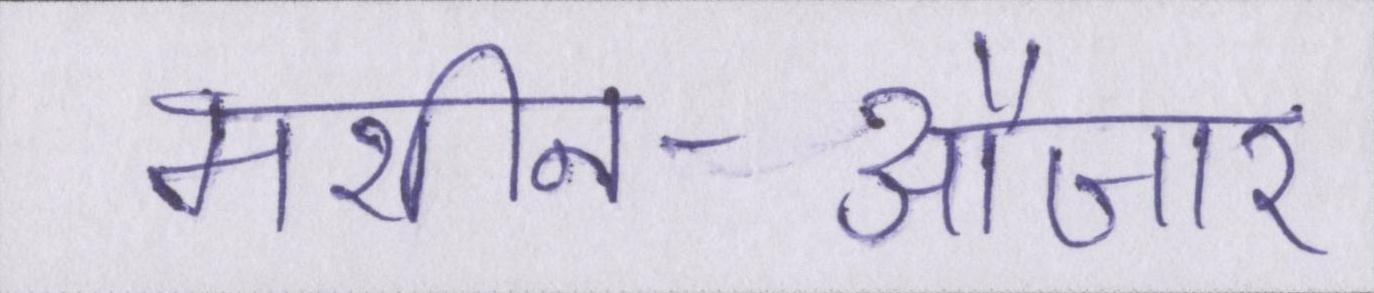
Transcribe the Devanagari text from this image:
मशीन-औजार